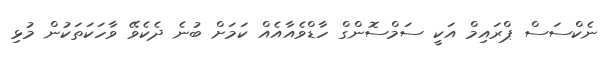
ނެކްސަސް ޕްރައިމް އަކީ ސަމްސޮންގް ހާޑްވެއާއެއް ކަމަށް ބުނެ ދެކެވޭ ވާހަކަތަކުން މުޅި